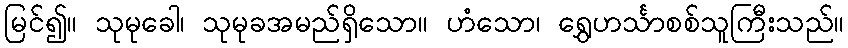
မြင်၍။ သုမုခေါ၊ သုမုခအမည်ရှိသော။ ဟံသော၊ ရွှေဟင်္သာစစ်သူကြီးသည်။